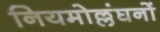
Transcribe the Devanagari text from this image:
नियमोल्लंघनों